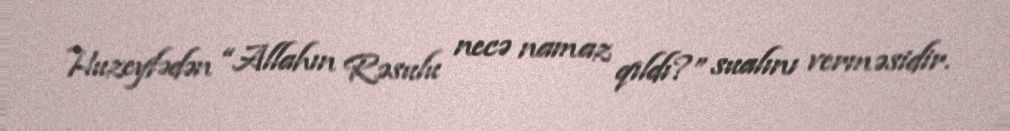
Huzeyfədən “Allahın Rəsulu necə namaz qıldı?” sualını verməsidir.